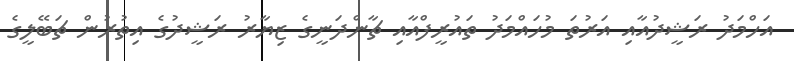
އަހްމަދު ރަޝީދުއާއި އަރުތަ މުހައްމަދު ތައުރީފްއާއި ޗާންދަނީގެ ޒިޔާރު ރަޝީދުގެ އިތުރުން ޗަބޭލީގެ